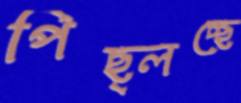
পিছ্‌লচ্ছে